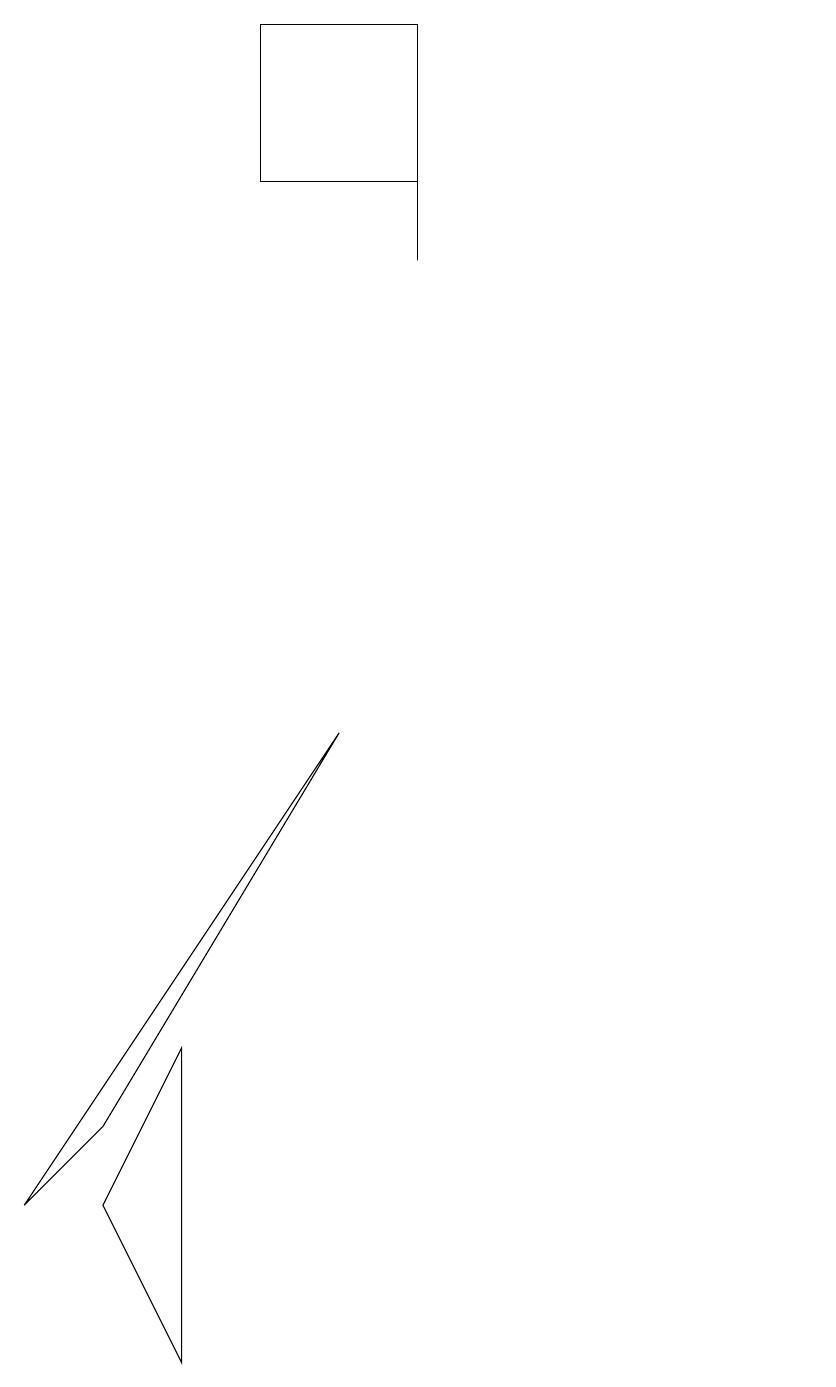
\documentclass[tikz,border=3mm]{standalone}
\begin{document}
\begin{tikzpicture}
\draw (4,5) -- (3,3) -- (4,1) -- cycle;
\draw (7,15) rectangle (7,17);
\draw (12,10) circle (0);
\draw (3,4) -- (2,3) -- (6,9) -- cycle;
\draw (7,18) rectangle (5,16);
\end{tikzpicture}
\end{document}